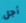
أجل